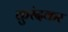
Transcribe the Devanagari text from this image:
कुरंदकर